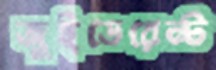
জুইডেরেন্ট